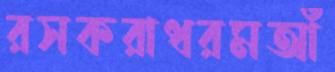
রসকরাধরমআঁ